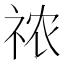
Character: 𰧾